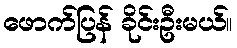
ဖောက်ပြန် ခိုင်းဦးမယ်။